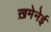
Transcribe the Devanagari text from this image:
ख़मेनेई